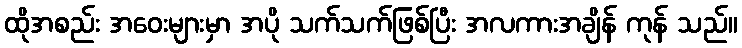
ထိုအစည်း အဝေးများမှာ အပို သက်သက်ဖြစ်ပြီး အလကားအချိန် ကုန် သည်။